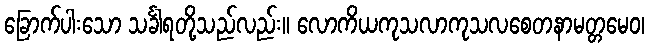
ခြောက်ပါးသော သင်္ခါရတို့သည်လည်း။ လောကိယကုသလာကုသလစေတနာမတ္တမေဝ၊